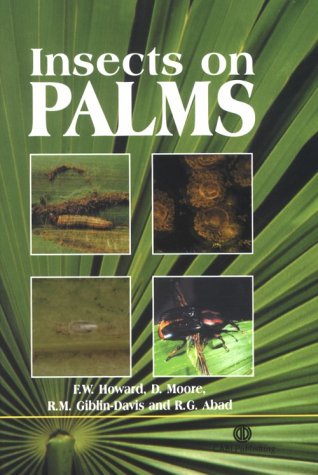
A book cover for Insects on Palms; F. W. Howard; Science & Math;